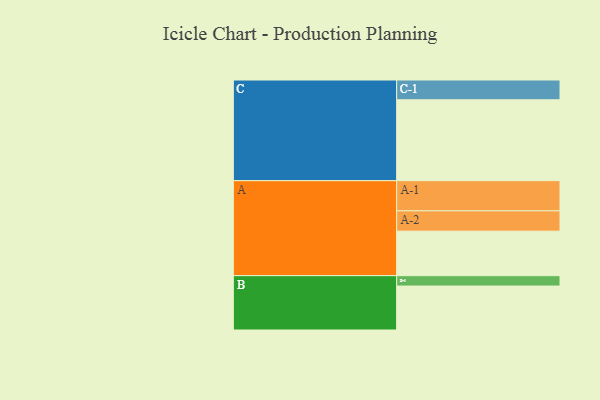
{"axis": {"x": "Segment", "y": "Value"}, "legend": ["", "A", "B", "C"], "data": [{"x": "A", "y": 313, "type": ""}, {"x": "B", "y": 309, "type": ""}, {"x": "C", "y": 569, "type": ""}, {"x": "A-1", "y": 212, "type": "A"}, {"x": "A-2", "y": 143, "type": "A"}, {"x": "B-1", "y": 73, "type": "B"}, {"x": "C-1", "y": 139, "type": "C"}]}